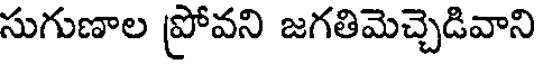
సుగుణాల ప్రోవని జగతిమెచ్చెడివాని